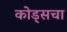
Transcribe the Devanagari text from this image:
कोड्सचा